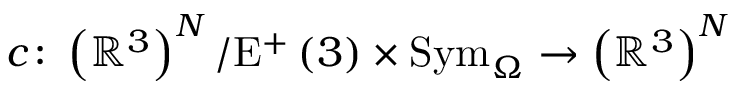
c \colon \left( \mathbb { R } ^ { 3 } \right) ^ { N } / \mathrm { E } ^ { + } \left( 3 \right) \times \mathrm { S y m } _ { \Omega } \rightarrow \left( \mathbb { R } ^ { 3 } \right) ^ { N }